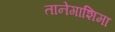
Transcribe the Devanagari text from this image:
तानेगाशिमा